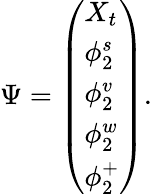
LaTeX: \Psi=\left(\begin{array}{l}{X_{t}}\\ {\phi_{2}^{s}}\\ {\phi_{2}^{v}}\\ {\phi_{2}^{w}}\\ {\phi_{2}^{+}}\end{array}\right).